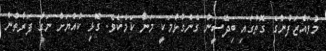
މުވައްޒަފުންގެ ގޮތުގައި ބިދޭސީން ގެންގުޅުމަކީ މަނާ ކަމެކެވެ. ގޮޅި ކުއްޔަށް ނަގާ ފަރާތުން